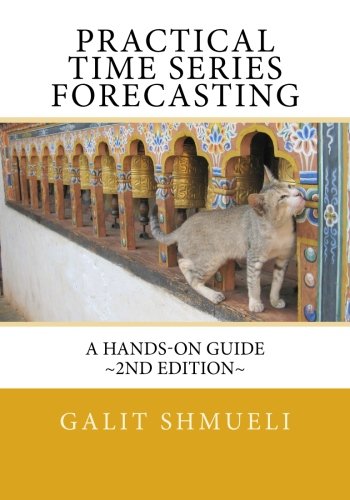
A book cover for Practical Time Series Forecasting: A Hands-On Guide [2nd Edition]; Galit Shmueli; Business & Money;